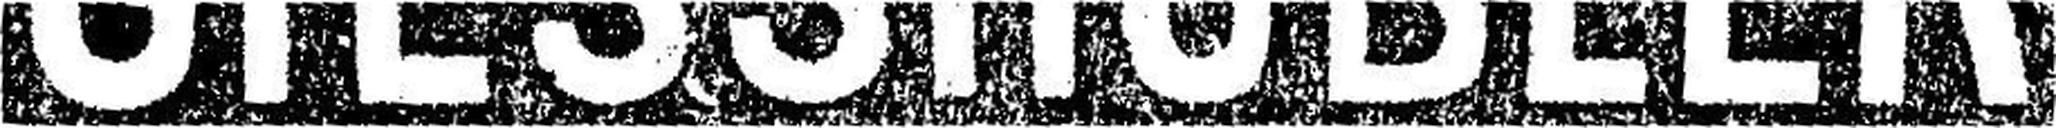
GIESSHÜBLER